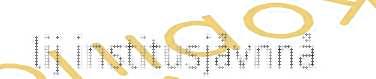
lij institusjåvnnå